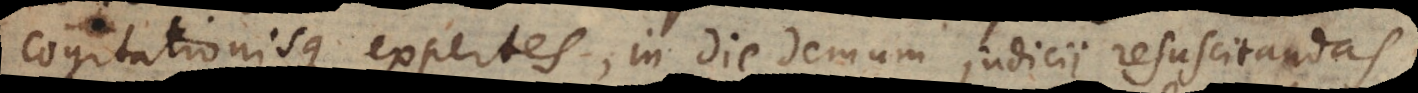
cogitationisque expertes, in die demum judicii resuscitandas.